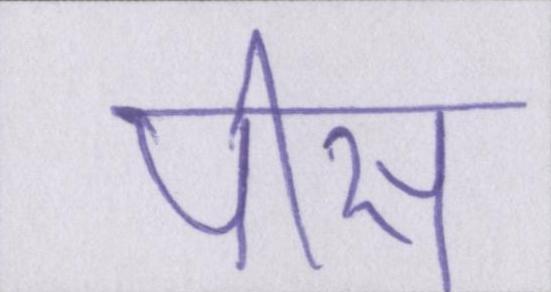
पीस